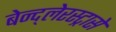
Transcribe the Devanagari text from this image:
बेन्द्लेरस्ट्रासे